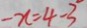
- x = 4 - 3